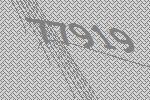
77919